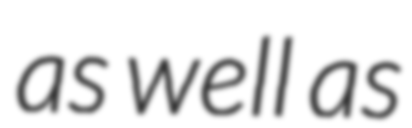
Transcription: as well as